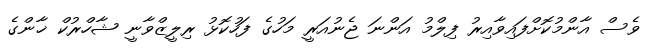
ވެސް އާންމުކޮށްފައިވާއިރު ފިލްމު އަންނަ ޖެނުއަރީ މަހުގެ ފަހުކޮޅު ރިލީޒްވާނީ ޝާހްރުކް ޚާންގެ